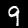
Digit: 9